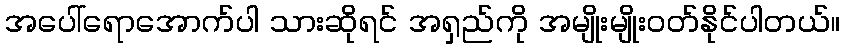
အပေါ်ရောအောက်ပါ သားဆိုရင် အရှည်ကို အမျိုးမျိုးဝတ်နိုင်ပါတယ်။